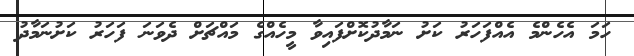
ހަމަ އެހެންމެ އެއްފަހަރު ކަށު ނަމާދުކޮށްފައިވާ މީހެއްގެ މައްޗަށް ދެވަނަ ފަހަރު ކަށުނަމާދު